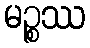
မဉ္စဿ